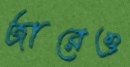
জারেও